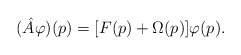
\begin{align*}(\hat{A}\varphi)(p)=[F(p)+ \Omega(p)]\varphi(p).\end{align*}